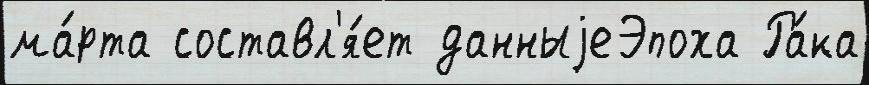
ма́рта составл'я́ет данныjеЭпоха Ра́ка